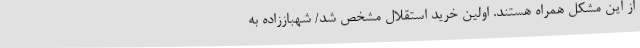
از این مشکل همراه هستند. اولین خرید استقلال مشخص شد/ شهباززاده به